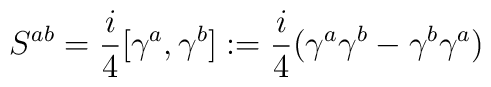
S^{ab} = \frac{i}{4} [\gamma^a, \gamma^b ] := \frac{i}{4} (\gamma^a \gamma^b - \gamma^b \gamma^a)